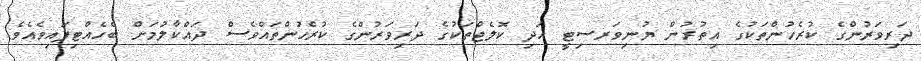
ދަރިވަރުންގެ ކުރެހުންތަކުގެ އިތުރުން ޔުނިވަރސިޓީ އަދި ކޮލެޖްތަކުގެ ދަރިވަރުންގެ ކުރެހުންތައްވެސް ދައްކާލުމަށް ބެހެއްޓިފައިވެއެވެ.